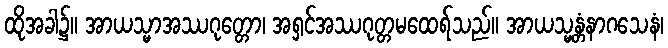
ထိုအခါ၌။ အာယသ္မာအဿဂုတ္တော၊ အရှင်အဿဂုတ္တမထေရ်သည်။ အာယသ္မန္တံနာဂသေနံ၊